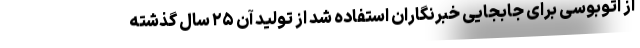
از اتوبوسی برای جابجایی خبرنگاران استفاده شد از تولید آن ۲۵ سال گذشته